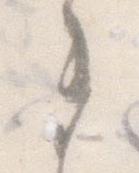
ま